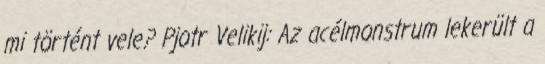
mi történt vele? Pjotr Velikij: Az acélmonstrum lekerült a